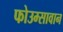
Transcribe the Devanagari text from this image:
फोउम्सावान